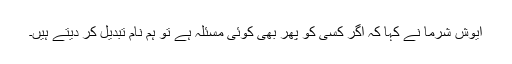
ایوش شرما نے کہا کہ اگر کسی کو پھر بھی کوئی مسئلہ ہے تو ہم نام تبدیل کر دیتے ہیں۔